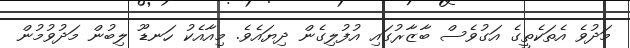
މަދުވެ އެތަކެތީގެ އަގުވެސް ބާޒާރުގައި އުފުލިގެން ދިޔައެވެ. މިއާއެކު ހަނޑޫ ލިބުން މަދުވުމުން